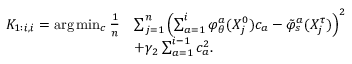
\begin{array} { r l } { K _ { 1 : i , i } = \arg \operatorname* { m i n } _ { c } \frac { 1 } { n } } & { \sum _ { j = 1 } ^ { n } \left( \sum _ { a = 1 } ^ { i } \varphi _ { \theta } ^ { a } ( X _ { j } ^ { 0 } ) c _ { a } - \tilde { \varphi } _ { s } ^ { a } ( X _ { j } ^ { \tau } ) \right) ^ { 2 } } \\ & { + \gamma _ { 2 } \sum _ { a = 1 } ^ { i - 1 } c _ { a } ^ { 2 } . } \end{array}